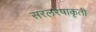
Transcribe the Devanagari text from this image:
सरलरेषाकृती